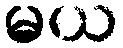
မယ